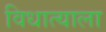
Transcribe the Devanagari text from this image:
विधात्याला